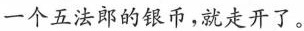
一个五法郎的银币，就走开了。